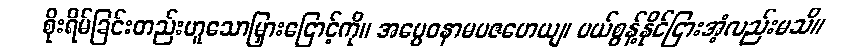
စိုးရိမ်ခြင်းတည်းဟူသောမြှားငြောင့်ကို။ အပ္ပေဝနာမပဇဟေယျ၊ ပယ်စွန့်နိုင်ငြားအံ့လည်းမသိ။